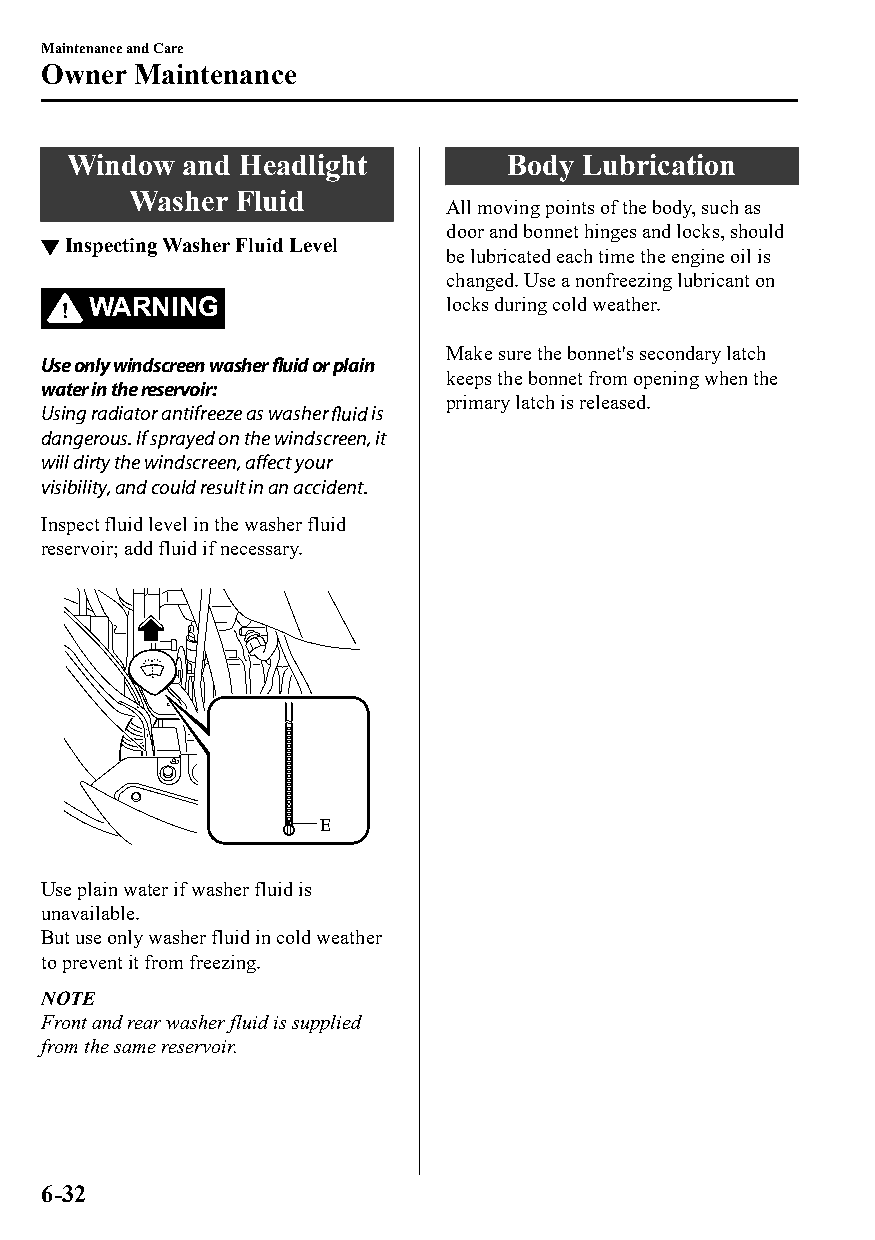
Maintenance and Care
 Owner  Maintenance
 Window  and Headlight        Body Lubrication
 Washer Fluid
 All moving points of the body, such as
 door and bonnet hinges and locks, should
 ▼Inspecting Washer Fluid Level
 be lubricated each time the engine oil is
 changed. Use a nonfreezing lubricant on
 WARNING                locks during cold weather.
 Make sure the bonnet's secondary latch
 Use only windscreen washer fluid or plain
 keeps the bonnet from opening when the
 water in the reservoir:
 primary latch is released.
 Using radiator antifreeze as washer fluid is
 dangerous. If sprayed on the windscreen, it
 will dirty the windscreen, affect your
 visibility, and could result in an accident.
 Inspect fluid level in the washer fluid
 reservoir; add fluid if necessary.
 E
 Use plain water if washer fluid is
 unavailable.
 But use only washer fluid in cold weather
 to prevent it from freezing.
 NOTE
 Front and rear washer fluid is supplied
 from the same reservoir.
 6-32
 CX-3_8GT4-EE-18D_Edition4                  2018-9-6 18:32:19